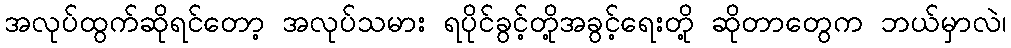
အလုပ်ထွက်ဆိုရင်တော့ အလုပ်သမား ရပိုင်ခွင့်တို့အခွင့်ရေးတို့ ဆိုတာတွေက ဘယ်မှာလဲ၊